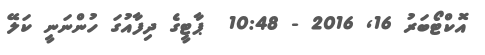
އޮކްޓޯބަރު 16